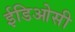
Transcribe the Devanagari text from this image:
ईडिओसी